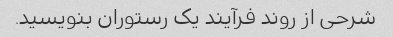
شرحی از روند فرآیند یک رستوران بنویسید.